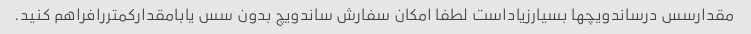
مقدارسس درساندویچها بسیارزیاداست لطفا امکان سفارش ساندویچ بدون سس یابامقدارکمتررافراهم کنید.